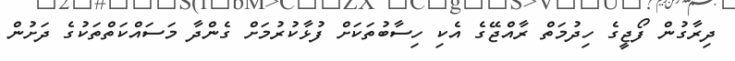
ދިރާގުން ފޯޖީގެ ހިދުމަތް ރާއްޖޭގެ އެކި ހިސާބުތަކަށް ފުޅާކުރުމަށް ގެންދާ މަސައްކަތްތަކުގެ ދަށުން